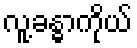
လူ့ခန္ဓာကိုယ်